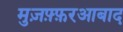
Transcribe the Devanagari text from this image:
मुज़फ़्फ़रआबाद